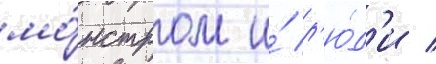
мо́нстром и́ л'ю́д'и /